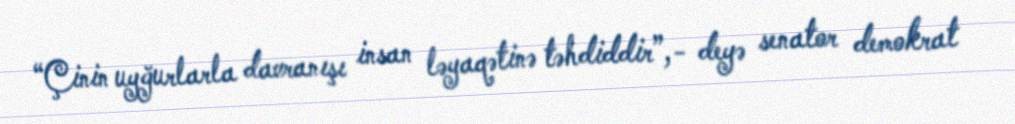
“Çinin uyğurlarla davranışı insan ləyaqətinə təhdiddir”,- deyə senator demokrat